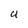
Character: U